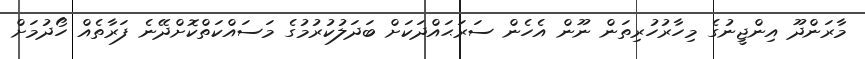
މާރަންދޫ އިންޖީނުގެ މިހާރުހުރިތަން ނޫން އެހެން ސަރަޙައްދަކަށް ބަދަލުކުރުމުގެ މަސައްކަތްކޮށްދޭނެ ފަރާތެއް ހޯދުމަށް